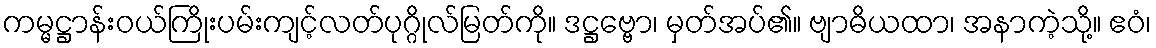
ကမ္မဋ္ဌာန်းဝယ်ကြိုးပမ်းကျင့်လတ်ပုဂ္ဂိုလ်မြတ်ကို။ ဒဋ္ဌဗ္ဗော၊ မှတ်အပ်၏။ ဗျာဓိယထာ၊ အနာကဲ့သို့။ ဧဝံ၊